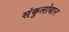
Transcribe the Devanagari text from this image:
संकुलोद्यान